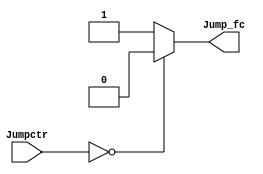
// jumpbranchmem

module jump_fc (
    Jumpctr,
    Jump_fc
);

input[1:0] Jumpctr;
output reg Jump_fc;

initial begin
    Jump_fc=0;
end

always @(*) begin
    if(Jumpctr==2'b00)begin
        // 
        Jump_fc=0;
    end
    else begin
        Jump_fc=1;
    end
end

endmodule